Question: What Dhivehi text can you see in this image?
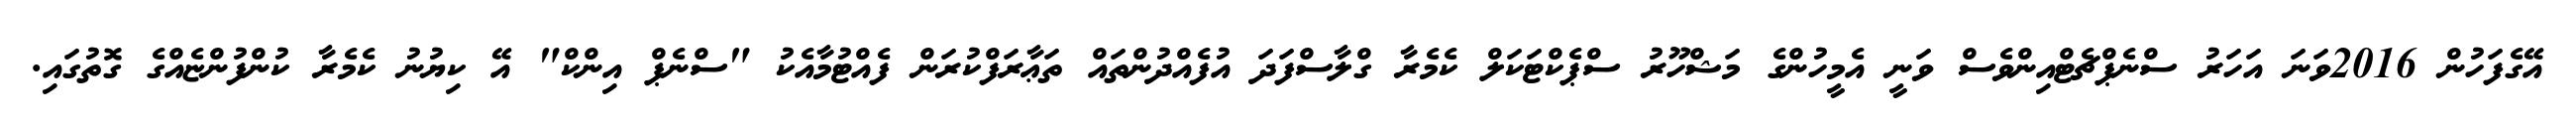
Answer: އޭގެފަހުން 2016ވަނަ އަހަރު ސްނެޕްޗެޓްއިންވެސް ވަނީ އެމީހުންގެ މަޝްހޫރު ސްޕެކްޓަކަލް ކެމެރާ ގްލާސްފަދަ އުފެއްދުންތައް ތަޢާރަފްކުރަން ފެއްޓުމާއެކު "ސްނެޕް އިންކް" އޭ ކިޔުނު ކެމެރާ ކުންފުންޏެއްގެ ގޮތުގައި.